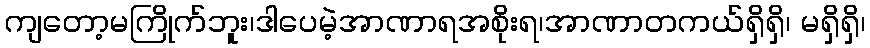
ကျတော့မကြိုက်ဘူး၊ဒါပေမဲ့အာဏာရအစိုးရ၊အာဏာတကယ်ရှိရှိ၊ မရှိရှိ၊